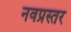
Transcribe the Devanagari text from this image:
नवप्रस्तर